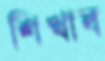
শিখাব